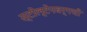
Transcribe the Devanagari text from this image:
स्टोल्टेनबर्गची